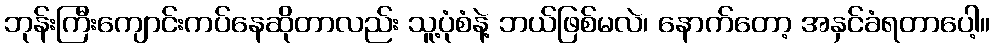
ဘုန်းကြီးကျောင်းကပ်နေဆိုတာလည်း သူ့ပုံစံနဲ့ ဘယ်ဖြစ်မလဲ၊ နောက်တော့ အနှင်ခံရတာပေါ့။